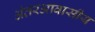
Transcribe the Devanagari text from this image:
अंतरआवासीय